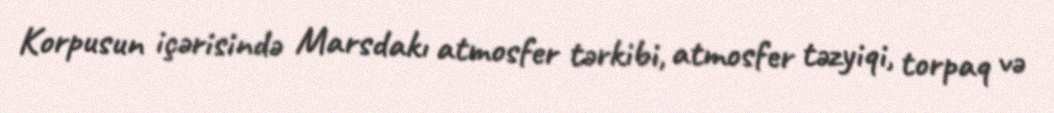
Korpusun içərisində Marsdakı atmosfer tərkibi, atmosfer təzyiqi, torpaq və